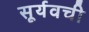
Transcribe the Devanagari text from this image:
सूर्यवची